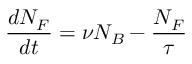
\frac { d N _ { F } } { d t } = \nu N _ { B } - \frac { N _ { F } } { \tau }